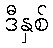
ဒီနှစ်